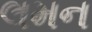
લમન